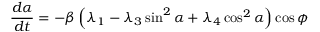
\frac { d \alpha } { d t } = - \beta \left( \lambda _ { 1 } - \lambda _ { 3 } \sin ^ { 2 } \alpha + \lambda _ { 4 } \cos ^ { 2 } \alpha \right) \cos \phi